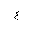
Letter: _ayn